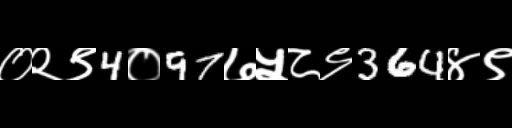
Text: ०२९4०97७५८९364४९